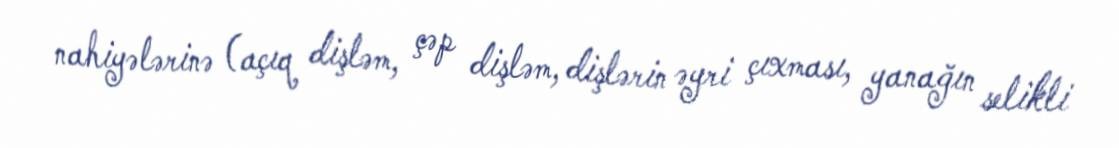
nahiyələrinə (açıq dişləm, çəp dişləm, dişlərin əyri çıxması, yanağın selikli